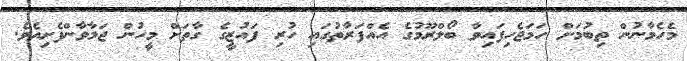
މެހެމާނުން ތިބުމަށް ހަމަޖެހިފައިވާ ބޯލްރޫމުގެ އެއްފަރާތުގައި ހުރި ފައުޒީގެ ގާތަށް މީހުން ޖަމާވާންފެށިއެވެ.